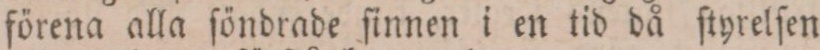
förena alla ſöndrade ſinnen i en tid då ſtyrelſen